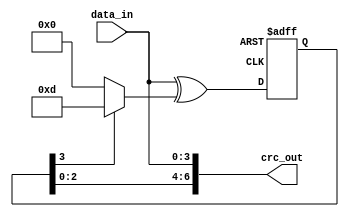
module crc_encoder(
    input [3:0] data_in,
    output reg [6:0] crc_out
);

reg [3:0] crc_reg;
reg [3:0] divisor = 4'b1101; // Polynomial x^3 + x^2 + 1

always @(posedge clk or posedge reset) begin
    if (reset) begin
        crc_reg <= 4'b0000;
    end else begin
        crc_reg <= {crc_reg[2:0], data_in} ^ (crc_reg[3] ? divisor : 4'b0000);
    end
end

assign crc_out = {crc_reg, data_in};

endmodule